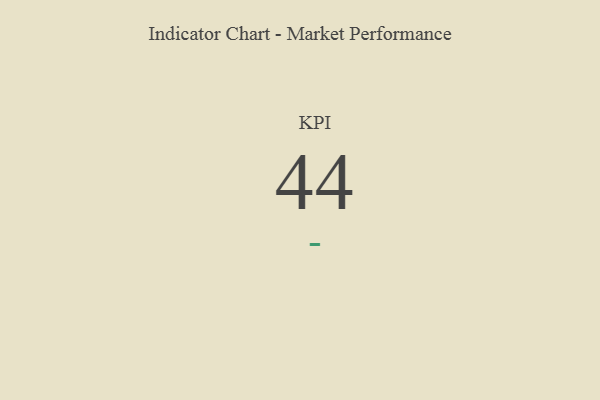
{"axis": {"x": "KPI", "y": "Value"}, "legend": [""], "data": [{"x": "KPI", "y": 44, "type": ""}]}